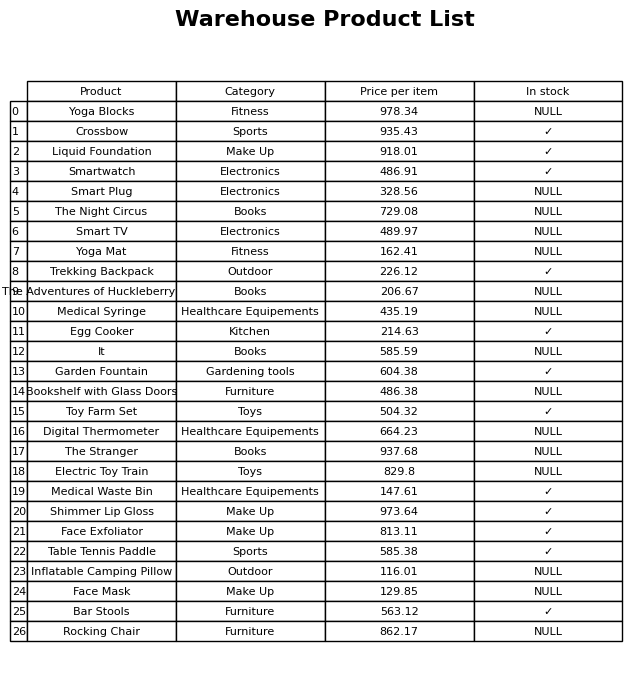
question: What is the stock status of the Table Tennis Paddle?
answer: ✓